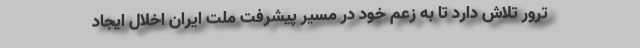
ترور تلاش دارد تا به زعم خود در مسیر پیشرفت ملت ایران اخلال ایجاد